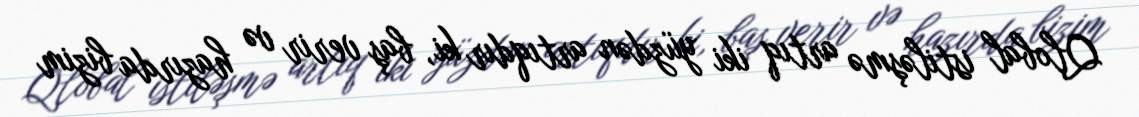
Qlobal istiləşmə artıq iki yüzdən artıqdır ki, baş verir və hazırda bizim